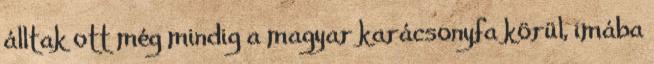
álltak ott még mindig a magyar karácsonyfa körül, imába